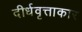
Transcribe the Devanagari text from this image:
दीर्धवृत्ताकार